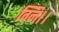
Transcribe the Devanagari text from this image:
ग्नि।।